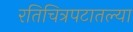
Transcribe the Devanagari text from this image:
रतिचित्रपटातल्या